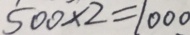
5 0 0 \times 2 = 1 0 0 0